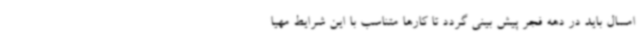
امسال باید در دهه فجر پیش بینی گردد تا کارها متناسب با این شرایط مهیا